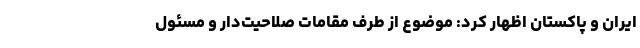
ایران و پاکستان اظهار کرد: موضوع از طرف مقامات صلاحیت‌دار و مسئول